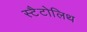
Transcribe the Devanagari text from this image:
स्टैटोलिथ